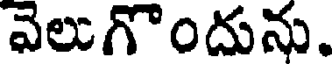
వెలుగొందును.